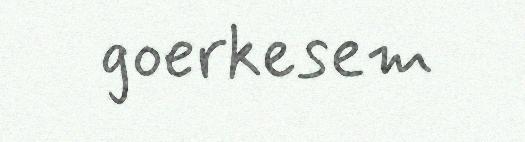
goerkesem